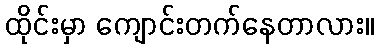
ထိုင်းမှာ ကျောင်းတက်နေတာလား။